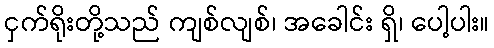
ငှက်ရိုးတို့သည် ကျစ်လျစ်၊ အခေါင်း ရှိ၊ ပေါ့ပါး။